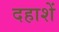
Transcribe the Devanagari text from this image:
दहाशें